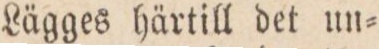
Lägges härtill det un=